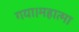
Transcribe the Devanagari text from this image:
गया।महात्मा